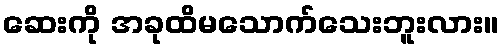
ဆေးကို အခုထိမသောက်သေးဘူးလား။